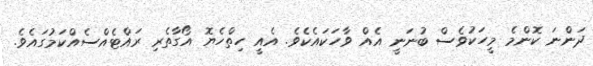
ދަންނަ ކޮންމެ މީހަކުވެސް ބުނަނީ އެއް ވާހަކައެކެވެ. އެއީ ހިތްހެޔޮ އޯގާތެރި ރައްޓެއްސެއްކަމުގައެވެ.